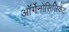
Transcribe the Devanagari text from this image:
ऑर्गेनोसिलिकेट